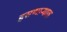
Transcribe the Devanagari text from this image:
हसणार्‍याक